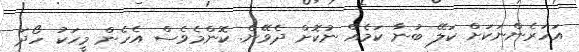
އަހަރެންނަކަށް ކަލޭ ބުނާ ކަމެއް ނުކޮށް ދެވޭނެ. ކޮންމެވެސް އެހެން މީހަކު ހޯދަ